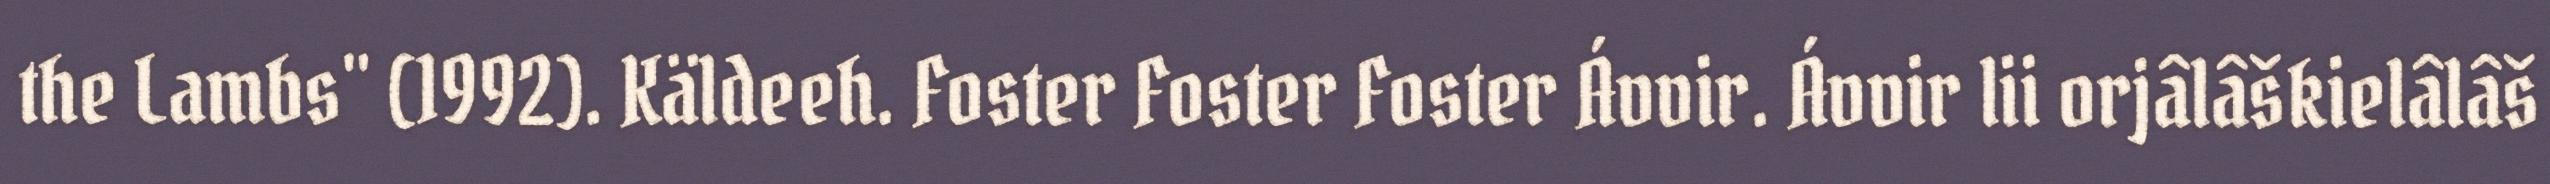
the Lambs" (1992). Käldeeh. Foster Foster Foster Ávvir. Ávvir lii orjâlâškielâlâš